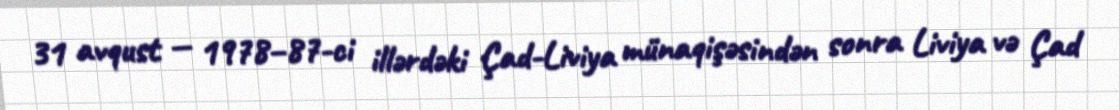
31 avqust — 1978–87-ci illərdəki Çad-Liviya münaqişəsindən sonra Liviya və Çad